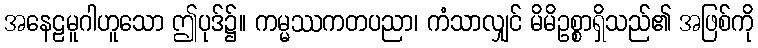
အနေဠမူဂါဟူသော ဤပုဒ်၌။ ကမ္မဿကတပညာ၊ ကံသာလျှင် မိမိဥစ္စာရှိသည်၏ အဖြစ်ကို